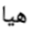
هيا